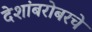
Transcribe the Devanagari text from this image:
देशांबरोबरचे